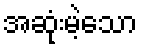
အဆုံးမဲ့သော